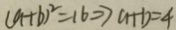
( a + b ) ^ { 2 } = 1 6 \Rightarrow a + b = 4